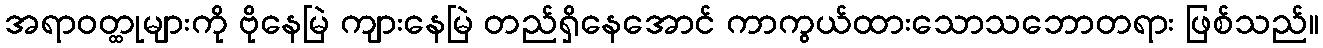
အရာဝတ္ထုများကို ဗိုနေမြဲ ကျားနေမြဲ တည်ရှိနေအောင် ကာကွယ်ထားသောသဘောတရား ဖြစ်သည်။